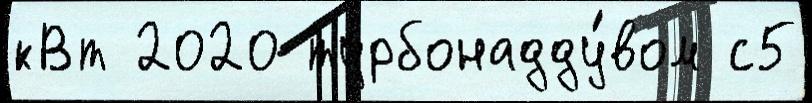
кВт 2020 турбонадду́вом с5